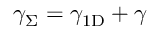
\gamma _ { \Sigma } = \gamma _ { 1 \mathrm { { D } } } + \gamma